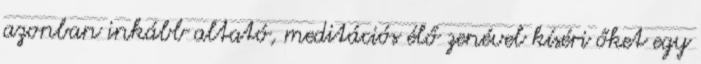
azonban inkább altató, meditációs élő zenével kíséri őket egy